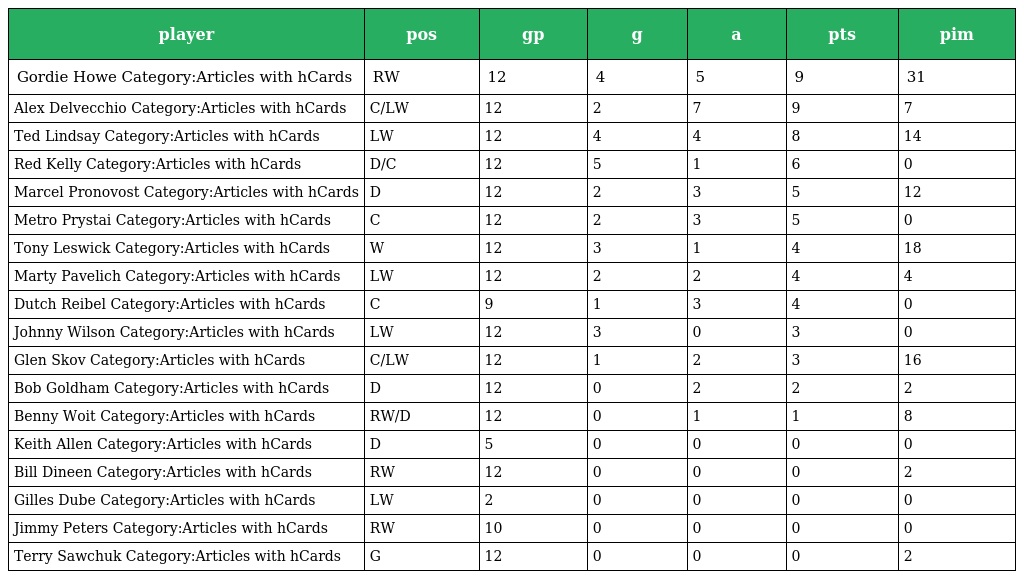
| player | pos | gp | g | a | pts | pim |
 | --- | --- | --- | --- | --- | --- | --- |
 | Gordie Howe Category:Articles with hCards | RW | 12 | 4 | 5 | 9 | 31 |
 | Alex Delvecchio Category:Articles with hCards | C/LW | 12 | 2 | 7 | 9 | 7 |
 | Ted Lindsay Category:Articles with hCards | LW | 12 | 4 | 4 | 8 | 14 |
 | Red Kelly Category:Articles with hCards | D/C | 12 | 5 | 1 | 6 | 0 |
 | Marcel Pronovost Category:Articles with hCards | D | 12 | 2 | 3 | 5 | 12 |
 | Metro Prystai Category:Articles with hCards | C | 12 | 2 | 3 | 5 | 0 |
 | Tony Leswick Category:Articles with hCards | W | 12 | 3 | 1 | 4 | 18 |
 | Marty Pavelich Category:Articles with hCards | LW | 12 | 2 | 2 | 4 | 4 |
 | Dutch Reibel Category:Articles with hCards | C | 9 | 1 | 3 | 4 | 0 |
 | Johnny Wilson Category:Articles with hCards | LW | 12 | 3 | 0 | 3 | 0 |
 | Glen Skov Category:Articles with hCards | C/LW | 12 | 1 | 2 | 3 | 16 |
 | Bob Goldham Category:Articles with hCards | D | 12 | 0 | 2 | 2 | 2 |
 | Benny Woit Category:Articles with hCards | RW/D | 12 | 0 | 1 | 1 | 8 |
 | Keith Allen Category:Articles with hCards | D | 5 | 0 | 0 | 0 | 0 |
 | Bill Dineen Category:Articles with hCards | RW | 12 | 0 | 0 | 0 | 2 |
 | Gilles Dube Category:Articles with hCards | LW | 2 | 0 | 0 | 0 | 0 |
 | Jimmy Peters Category:Articles with hCards | RW | 10 | 0 | 0 | 0 | 0 |
 | Terry Sawchuk Category:Articles with hCards | G | 12 | 0 | 0 | 0 | 2 |